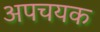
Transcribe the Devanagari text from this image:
अपचयक